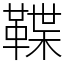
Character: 鞢